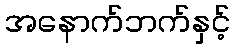
အနောက်ဘက်နှင့်